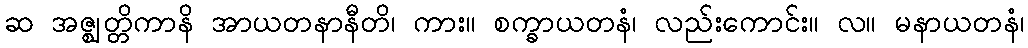
ဆ အဇ္ဈတ္တိကာနိ အာယတနာနီတိ၊ ကား။ စက္ခာယတနံ၊ လည်းကောင်း။ လ။ မနာယတနံ၊